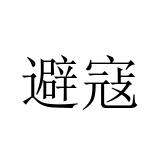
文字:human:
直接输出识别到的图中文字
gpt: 避寇